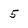
Character: 5